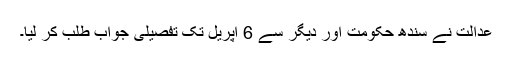
عدالت نے سندھ حکومت اور دیگر سے 6 اپریل تک تفصیلی جواب طلب کر لیا۔